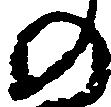
の